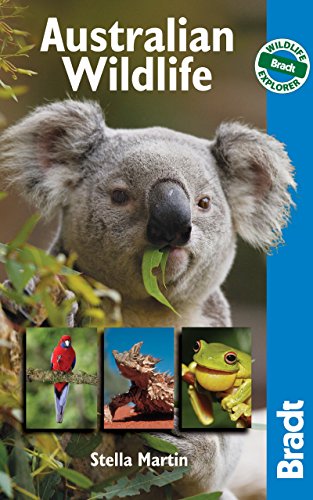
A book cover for Australian Wildlife: Wildlife Explorer (Bradt Wildlife Explorer); Stella Martin; Travel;